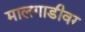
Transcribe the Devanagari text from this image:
मालगाडीवर